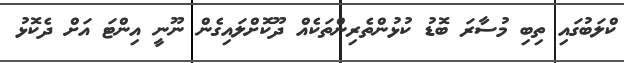
ކްލަބުގައި ތިިބި މުސާރަ ބޮޑު ކުޅުންތެރިންތަކެއް ދޫކޮށްލައިގެން ނޫނީ އިންޓަ އަށް ދެކޮޅު